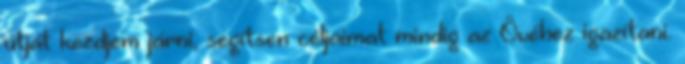
útját kezdjem járni, segítsen céljaimat mindig az Övéhez igazítani.